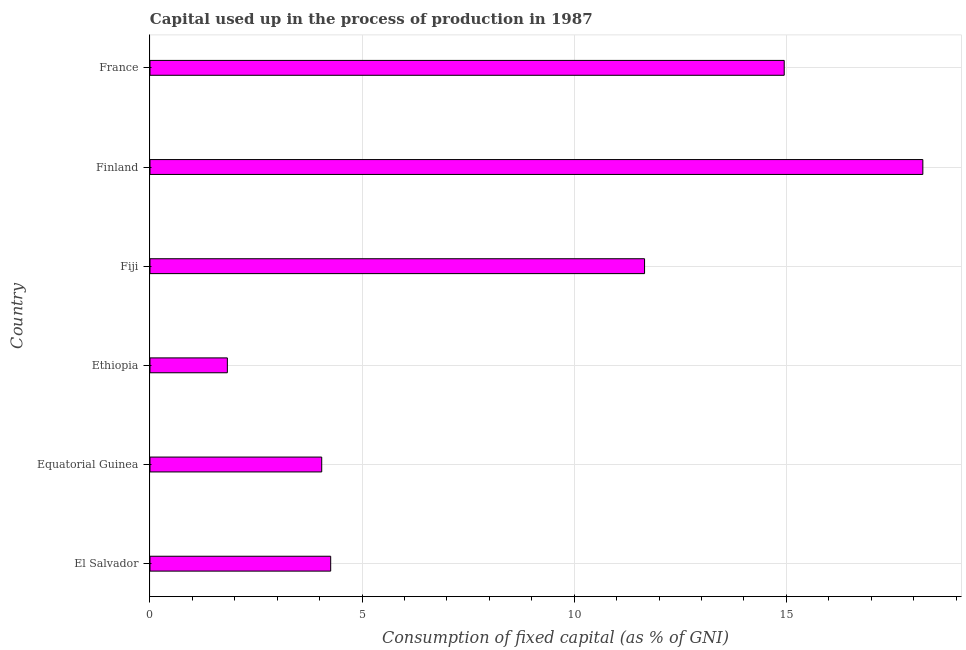
| Country | Consumption of fixed capital |
 | --- | --- |
 | El Salvador | 4.26 |
 | Equatorial Guinea | 4.05 |
 | Ethiopia | 1.82 |
 | Fiji | 11.7 |
 | Finland | 18.2 |
 | France | 14.9 |